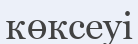
көксеуі